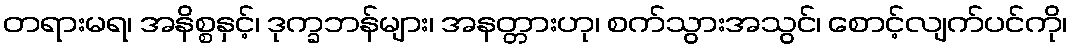
တရားမရ၊ အနိစ္စနှင့်၊ ဒုက္ခဘန်များ၊ အနတ္တားဟု၊ စက်သွားအသွင်၊ စောင့်လျက်ပင်ကို၊